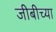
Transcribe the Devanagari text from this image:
जीबीच्या